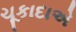
ચૂકાદાએ